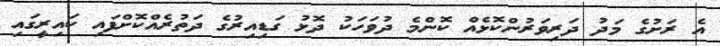
އެ ރަށުގެ މަދު ދަރިވަރުންކޮޅެއް ކޮންމެ ދުވަހަކު ދޮޅު ގަޑިއިރުގެ ދަތުރެއްކޮށްފައި ކައިރީގައި